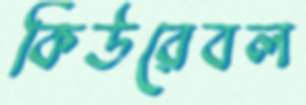
কিউরেবল